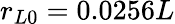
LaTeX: r_{L0}=0.0256L